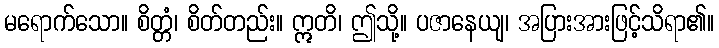
မရောက်သော။ စိတ္တံ၊ စိတ်တည်း။ ဣတိ၊ ဤသို့။ ပဇာနေယျ၊ အပြားအားဖြင့်သိရာ၏။